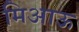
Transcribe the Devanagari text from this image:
मिआऊ